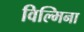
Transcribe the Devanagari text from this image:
विल्‍मिना